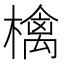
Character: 檎